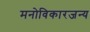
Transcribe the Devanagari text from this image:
मनोविकारजन्य